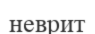
неврит